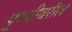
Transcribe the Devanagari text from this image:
पृ्थ्वीवरील